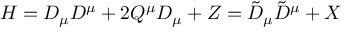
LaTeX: H = D _ { \mu } D ^ { \mu } + 2 Q ^ { \mu } D _ { \mu } + Z = \tilde { D } _ { \mu } \tilde { D } ^ { \mu } + X